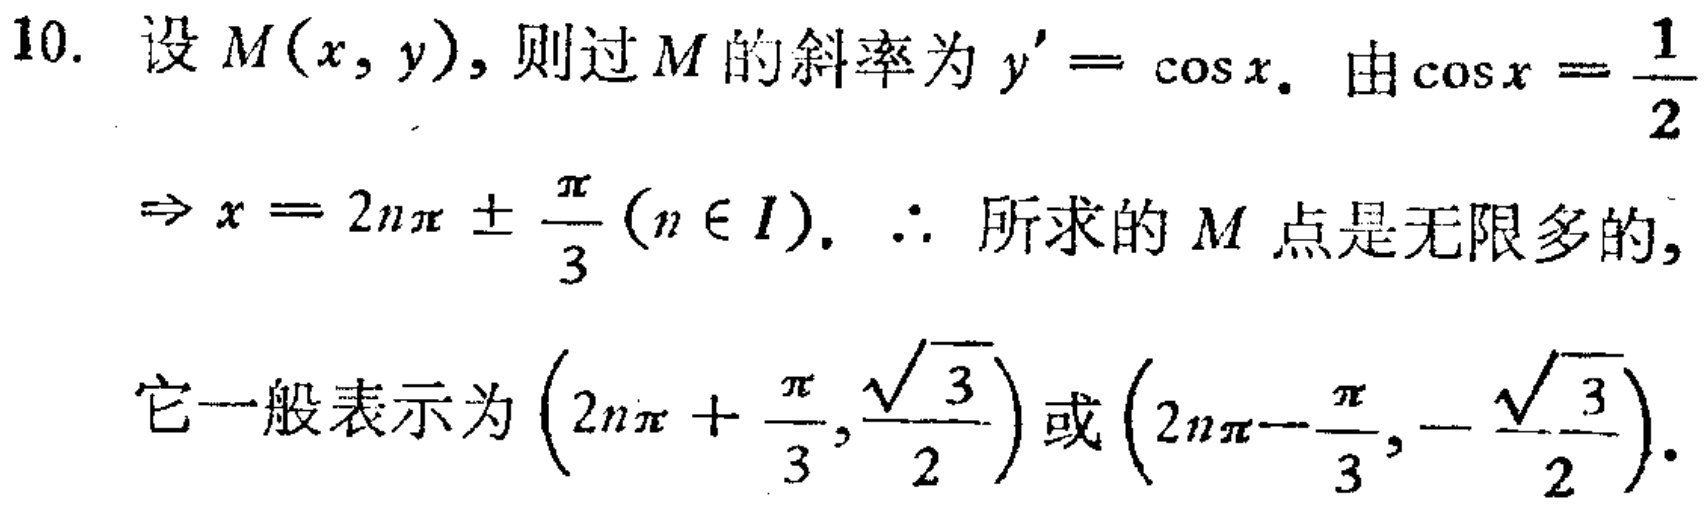
10. 设 \(M(x,y)\)，则过 \(M\) 的斜率为 \(y' = \cos x\). 由 \(\cos x=\frac{1}{2}\)
\(\Rightarrow x = 2n\pi\pm\frac{\pi}{3}(n\in I)\). \(\therefore\) 所求的 \(M\) 点是无限多的,
它一般表示为 \(\left(2n\pi+\frac{\pi}{3},\frac{\sqrt{3}}{2}\right)\) 或 \(\left(2n\pi - \frac{\pi}{3},-\frac{\sqrt{3}}{2}\right)\).